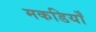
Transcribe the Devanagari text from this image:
मकडियाँ